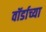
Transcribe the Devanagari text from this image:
वॉर्डाच्या